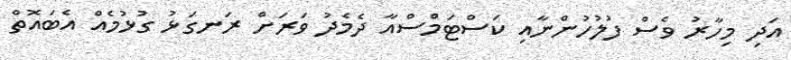
އަދި މިހާރު ވެސް ފުލުހުންނާއި ކަސްޓަމްސްއާ ދެމެދު ވަރަށް ރަނގަޅު ގުޅުމެއް އެބައޮތް